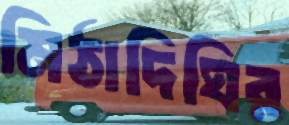
মিঠাদিঘির